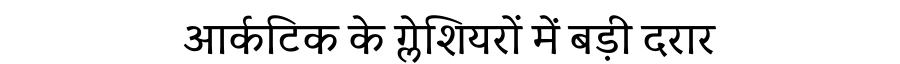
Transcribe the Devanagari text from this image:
आर्कटिक के ग्लेशियरों में बड़ी दरार